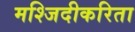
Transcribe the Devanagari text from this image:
मश्जिदीकरिता